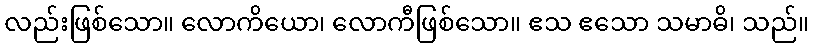
လည်းဖြစ်သော။ လောကိယော၊ လောကီဖြစ်သော။ ဧသ ဧသော သမာဓိ၊ သည်။